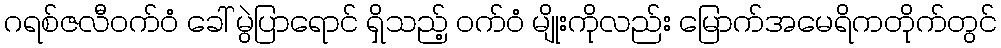
ဂရစ်ဇလီဝက်ဝံ ခေါ် မွဲပြာရောင် ရှိသည့် ဝက်ဝံ မျိုးကိုလည်း မြောက်အမေရိကတိုက်တွင်